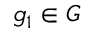
g _ { 1 } \in G